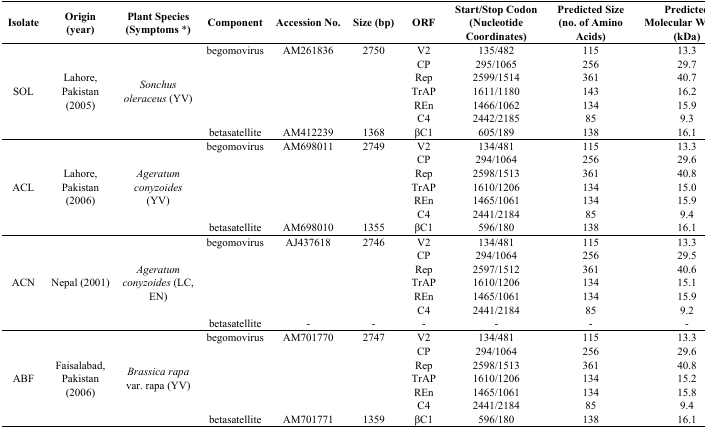
<table><thead><tr><td><b>Isolate</b></td><td><b>Origin (year)</b></td><td><b>Plant Species (Symptoms *)</b></td><td><b>Component</b></td><td><b>Accession No.</b></td><td><b>Size (bp)</b></td><td><b>ORF</b></td><td><b>Start/Stop Codon (Nucleotide Coordinates)</b></td><td><b>Predicted Size (no. of Amino Acids)</b></td><td><b>Predicted Molecular Weight (kDa)</b></td></tr></thead><tbody><tr><td rowspan="7">SOL</td><td rowspan="7">Lahore, Pakistan (2005)</td><td rowspan="7"><i>Sonchus oleraceus</i> (YV)</td><td>begomovirus</td><td>AM261836</td><td>2750</td><td>V2</td><td>135/482</td><td>115</td><td>13.3</td></tr><tr><td></td><td></td><td></td><td>CP</td><td>295/1065</td><td>256</td><td>29.7</td></tr><tr><td></td><td></td><td></td><td>Rep</td><td>2599/1514</td><td>361</td><td>40.7</td></tr><tr><td></td><td></td><td></td><td>TrAP</td><td>1611/1180</td><td>143</td><td>16.2</td></tr><tr><td></td><td></td><td></td><td>REn</td><td>1466/1062</td><td>134</td><td>15.9</td></tr><tr><td></td><td></td><td></td><td>C4</td><td>2442/2185</td><td>85</td><td>9.3</td></tr><tr><td>betasatellite</td><td>AM412239</td><td>1368</td><td>βC1</td><td>605/189</td><td>138</td><td>16.1</td></tr><tr><td rowspan="7">ACL</td><td rowspan="7">Lahore, Pakistan (2006)</td><td rowspan="7"><i>Ageratum conyzoides</i> (YV)</td><td>begomovirus</td><td>AM698011</td><td>2749</td><td>V2</td><td>134/481</td><td>115</td><td>13.3</td></tr><tr><td></td><td></td><td></td><td>CP</td><td>294/1064</td><td>256</td><td>29.6</td></tr><tr><td></td><td></td><td></td><td>Rep</td><td>2598/1513</td><td>361</td><td>40.8</td></tr><tr><td></td><td></td><td></td><td>TrAP</td><td>1610/1206</td><td>134</td><td>15.0</td></tr><tr><td></td><td></td><td></td><td>REn</td><td>1465/1061</td><td>134</td><td>15.9</td></tr><tr><td></td><td></td><td></td><td>C4</td><td>2441/2184</td><td>85</td><td>9.4</td></tr><tr><td>betasatellite</td><td>AM698010</td><td>1355</td><td>βC1</td><td>596/180</td><td>138</td><td>16.1</td></tr><tr><td rowspan="7">ACN</td><td rowspan="7">Nepal (2001)</td><td rowspan="7"><i>Ageratum conyzoides</i> (LC, EN)</td><td>begomovirus</td><td>AJ437618</td><td>2746</td><td>V2</td><td>134/481</td><td>115</td><td>13.3</td></tr><tr><td></td><td></td><td></td><td>CP</td><td>294/1064</td><td>256</td><td>29.5</td></tr><tr><td></td><td></td><td></td><td>Rep</td><td>2597/1512</td><td>361</td><td>40.6</td></tr><tr><td></td><td></td><td></td><td>TrAP</td><td>1610/1206</td><td>134</td><td>15.1</td></tr><tr><td></td><td></td><td></td><td>REn</td><td>1465/1061</td><td>134</td><td>15.9</td></tr><tr><td></td><td></td><td></td><td>C4</td><td>2441/2184</td><td>85</td><td>9.2</td></tr><tr><td>betasatellite</td><td>-</td><td>-</td><td>-</td><td>-</td><td>-</td><td>-</td></tr><tr><td rowspan="7">ABF</td><td rowspan="7">Faisalabad, Pakistan (2006)</td><td rowspan="7"><i>Brassica rapa</i> var. rapa (YV)</td><td>begomovirus</td><td>AM701770</td><td>2747</td><td>V2</td><td>134/481</td><td>115</td><td>13.3</td></tr><tr><td></td><td></td><td></td><td>CP</td><td>294/1064</td><td>256</td><td>29.6</td></tr><tr><td></td><td></td><td></td><td>Rep</td><td>2598/1513</td><td>361</td><td>40.8</td></tr><tr><td></td><td></td><td></td><td>TrAP</td><td>1610/1206</td><td>134</td><td>15.2</td></tr><tr><td></td><td></td><td></td><td>REn</td><td>1465/1061</td><td>134</td><td>15.8</td></tr><tr><td></td><td></td><td></td><td>C4</td><td>2441/2184</td><td>85</td><td>9.4</td></tr><tr><td>betasatellite</td><td>AM701771</td><td>1359</td><td>βC1</td><td>596/180</td><td>138</td><td>16.1</td></tr></tbody></table>